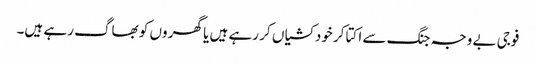
فوجی بے وجہ جنگ سے اکتا کر خودکشیاں کر رہے ہیں یا گھر وں کو بھاگ رہے ہیں۔